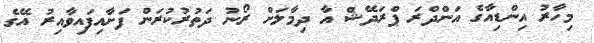
މިހާރު އިންޑިއާގެ އަންދްރަ ޕްރަދޭޝް އާ ދިމާލަށް ރޯނު ދަތުރުކުރަން ފަށާއިފައިވާއިރު އޭގެ